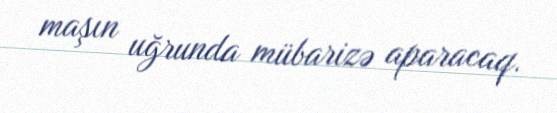
maşın uğrunda mübarizə aparacaq.